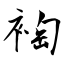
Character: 裪